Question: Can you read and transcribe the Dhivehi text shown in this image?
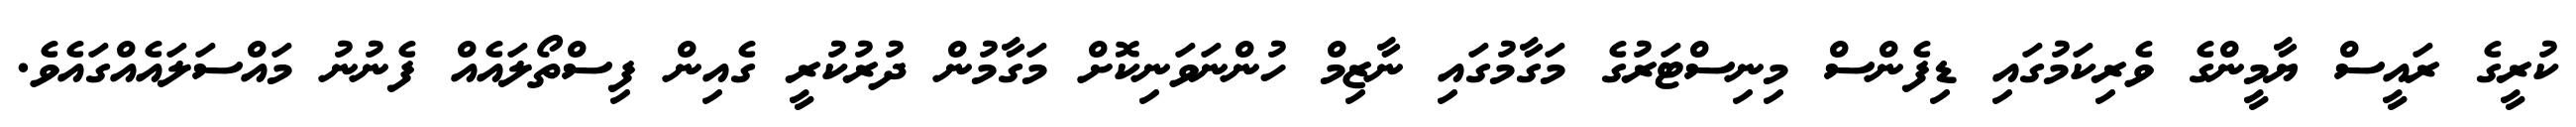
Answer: ކުރީގެ ރައީސް ޔާމީންގެ ވެރިކަމުގައި ޑިފެންސް މިނިސްޓަރުގެ މަގާމުގައި ނާޒިމް ހުންނަވަނިކޮށް މަގާމުން ދުރުކުރީ ގެއިން ފިސްތޯލައެއް ފެނުނު މައްސަލައެއްގައެވެ.